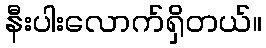
နီးပါးလောက်ရှိတယ်။